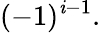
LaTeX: (-1)^{\mathit{i}-1}.